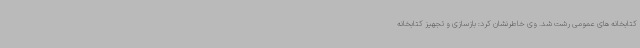
کتابخانه های عمومی رشت شد. وی خاطرنشان کرد: بازسازی و تجهیز کتابخانه